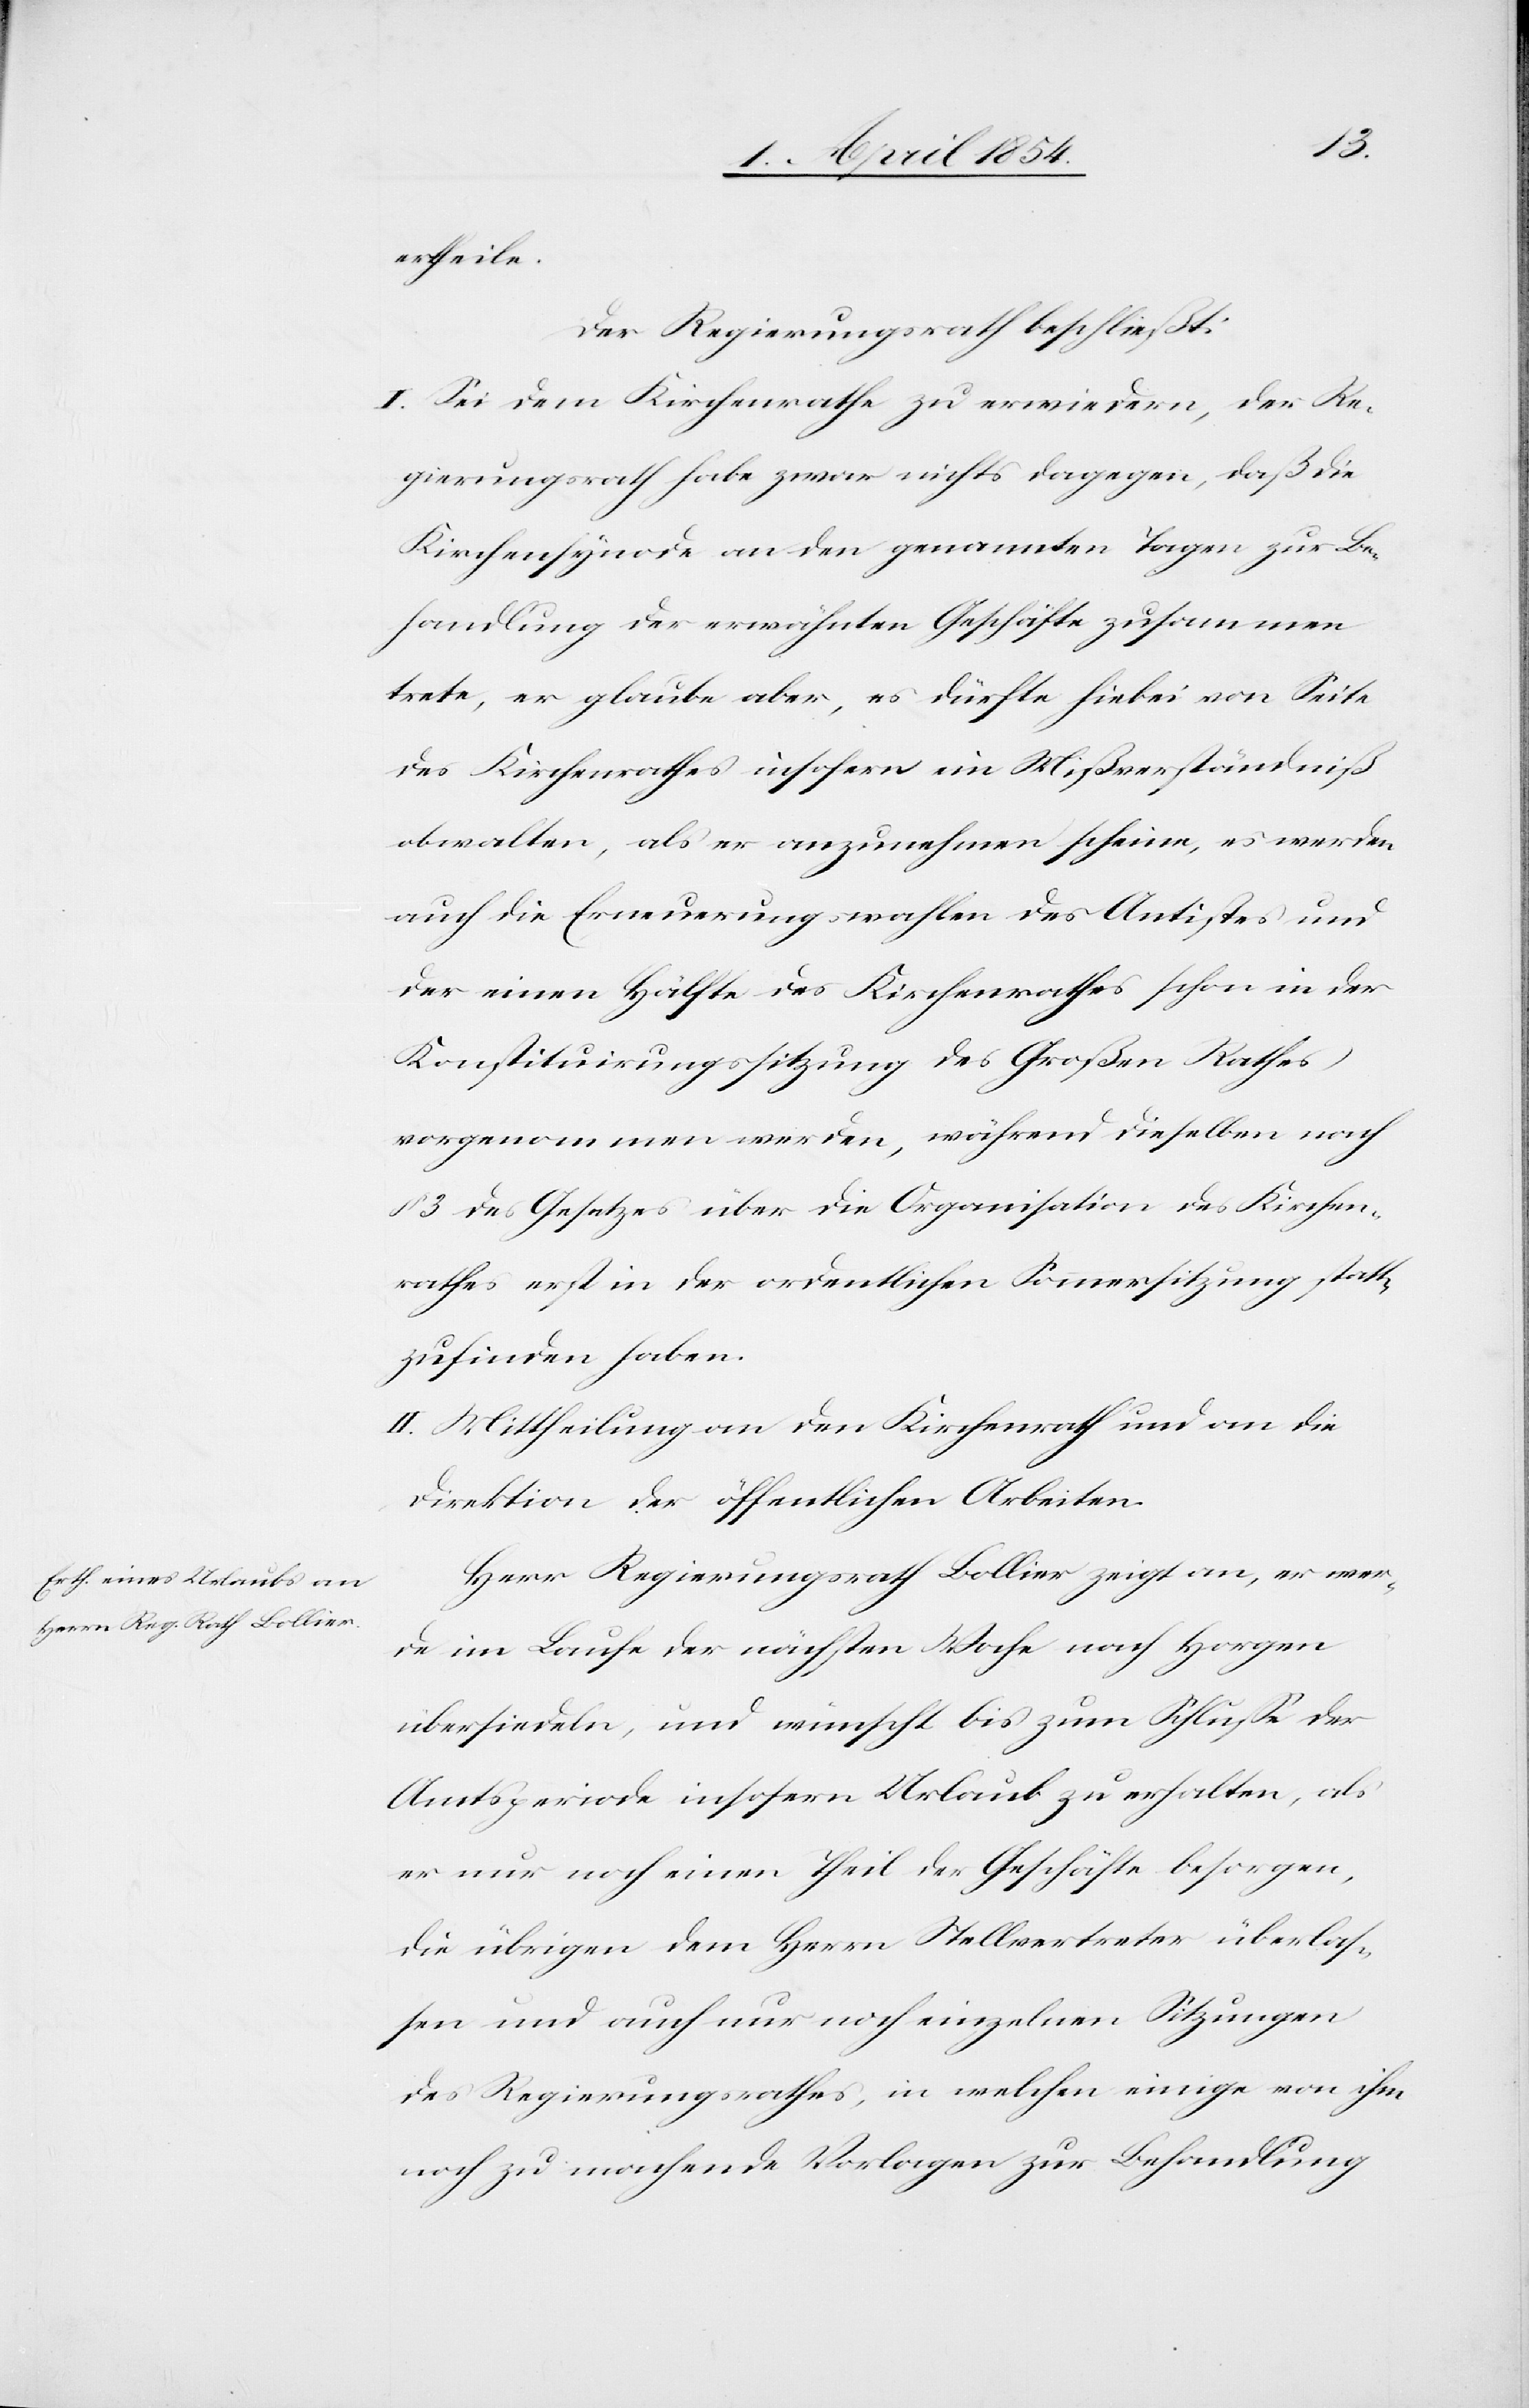
ertheile.
Der Regierungsrath beschließt:
I. Sei dem Kirchenrathe zu erwiedern, der Re¬
gierungsrath habe zwar nichts dagegen, daß die
Kirchensynode an den genannten Tagen zur Be¬
handlung der erwähnten Geschäfte zusammen
trete, er glaube aber, es dürfte hiebei von Seite
des Kirchenrathes insofern ein Mißverständniß
obwalten, als er anzunehmen scheine, es werden
auch die Erneuerungswahlen des Antistes und
der einen Hälfe des Kirchenrathes schon in der
Konstituirungssitzung des Großen Rathes
vorgenommen werden, während dieselben nach
§ 3 des Gesetzes über die Organisation des Kirchen¬
rathes erst in der ordentlichen Sommersitzung statt¬
zufinden haben.
II. Mittheilung an den Kirchenrath und an die
Direktion der öffentlichen Arbeiten.
Herr Regierungsrath Bollier zeigt an, er wer¬
de im Laufe der nächsten Woche nach Horgen
übersiedeln, und wünscht bis zum Schluße der
Amtsperiode insofern Urlaub zu erhalten, als
er nur noch einen Theil des Geschäfts besorgen,
die übrigen dem Herrn Stellvertreter überlas¬
sen und auch nur noch einzelnen Sitzungen
des Regierungsrathes, in welchen einige von ihm
noch zu machende Vorlagen zur Behandlung